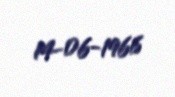
14-06-1966